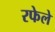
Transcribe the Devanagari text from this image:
रफेले